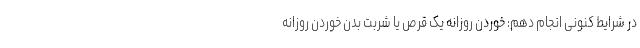
در شرایط کنونی انجام دهم: خوردن روزانه یک قرص یا شربت بدن خوردن روزانه